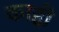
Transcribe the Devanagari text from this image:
काद्दी